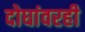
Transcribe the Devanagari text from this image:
दोघांवरही